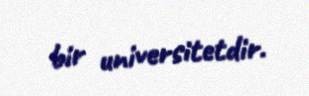
bir universitetdir.